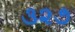
૩૨૭